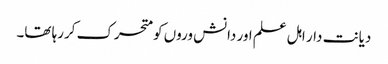
دیانت دار اہل علم اور دانش وروں کو متحرک کررہا تھا۔